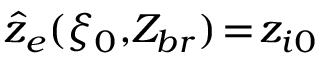
\hat { z } _ { e } ( \xi _ { 0 } , \! Z _ { b r } ) \! = \! z _ { i 0 }